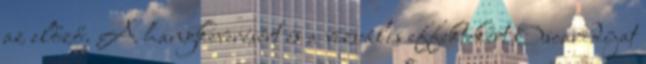
az előző. A hangkeverésért és a vizuális effektekért Oscar-díjat